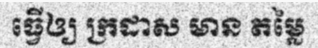
ធ្វើឲ្យ ក្រដាស មាន តម្លៃ